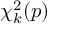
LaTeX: \chi _ { k } ^ { 2 } ( p )